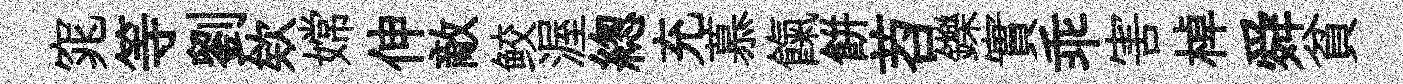
窕等劉欸嫦伸敵鲛渥緫充慕餼餅苕鑠實乖害棹舜貧